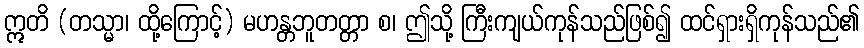
ဣတိ (တသ္မာ၊ ထို့ကြောင့်) မဟန္တဘူတတ္တာ စ၊ ဤသို့ ကြီးကျယ်ကုန်သည်ဖြစ်၍ ထင်ရှားရှိကုန်သည်၏